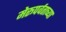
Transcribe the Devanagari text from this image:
मेरूपर्वताच्या